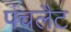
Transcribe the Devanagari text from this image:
पंचलैट